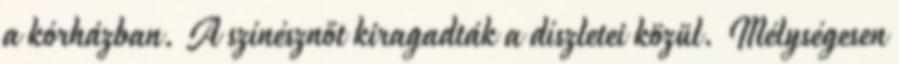
a kórházban. A színésznőt kiragadták a díszletei közül. Mélységesen